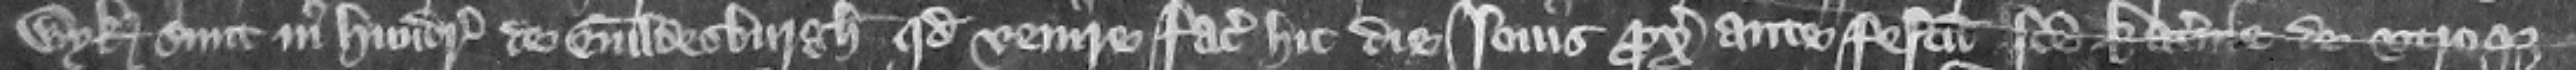
Wynewyk sunt in hundredo de Guldesburgh quod venire faciat hic die louis proximo ante festum Sancte Katerine de vtroque